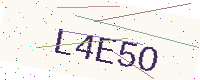
Text: L4E5O